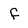
Character: f